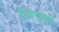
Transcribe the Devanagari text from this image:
शिप्पी